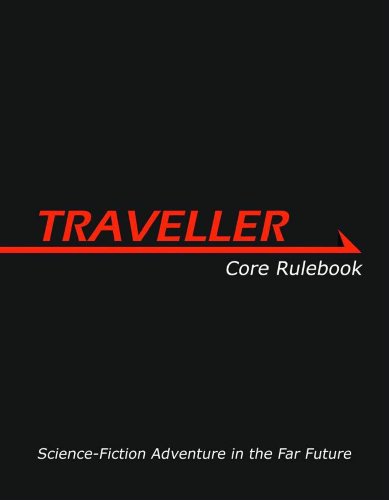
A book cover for Traveller Core Rulebook; Gareth Hanrahan; Science Fiction & Fantasy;